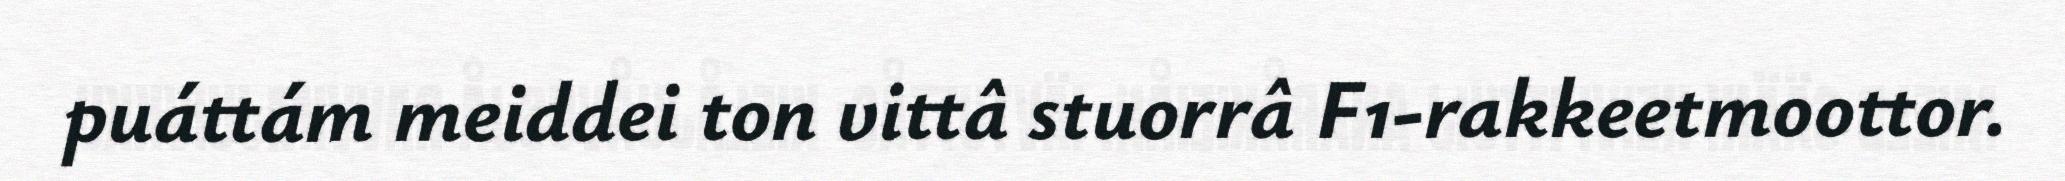
puáttám meiddei ton vittâ stuorrâ F1-rakkeetmoottor.